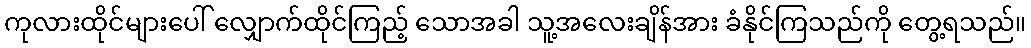
ကုလားထိုင်များပေါ် လျှောက်ထိုင်ကြည့် သောအခါ သူ့အလေးချိန်အား ခံနိုင်ကြသည်ကို တွေ့ရသည်။